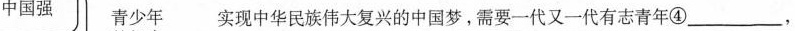
青少年 实现中华民族伟大复兴的中国梦，需要一代又一代有志青年④____,